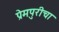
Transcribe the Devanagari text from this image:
प्रेमपुरीचा